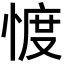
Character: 𢜬